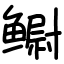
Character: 鳚